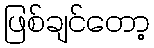
ဖြစ်ချင်တော့